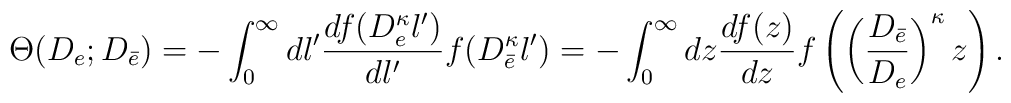
\Theta(D_e;D_{\bar e})=   -\int_0^{\infty} dl' \frac{df(D_e^{\kappa}l')}{dl'}   f(D_{\bar e}^{\kappa}l')   =-\int_0^{\infty} dz \frac{df(z)}{dz}   f\left(\left(\frac{D_{\bar e}}{D_e}\right)^{\kappa}z\right).